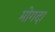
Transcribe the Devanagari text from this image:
मोगदा